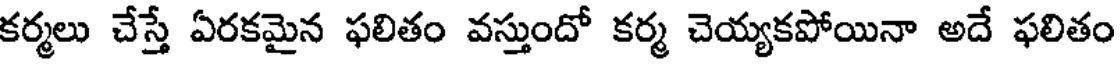
కర్మలు చేస్తే ఏరకమైన ఫలితం వస్తుందో కర్మ చెయ్యకపోయినా అదే ఫలితం